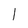
Character: 1